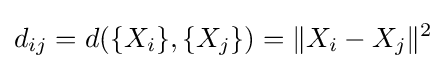
d_{ij}=d(\{X_{i}\},\{X_{j}\})={\|X_{i}-X_{j}\|^{2}}